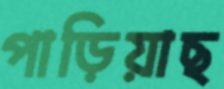
পাড়িয়াছ